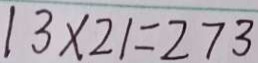
1 3 \times 2 1 = 2 7 3